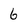
Character: 6